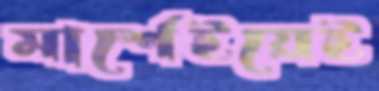
মার্শেইয়েই